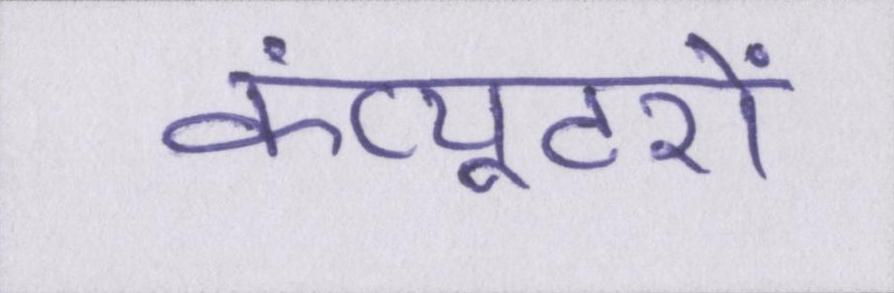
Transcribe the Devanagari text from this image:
कंप्यूटरों